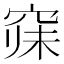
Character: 𱷁